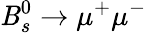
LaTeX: \mathit{B}_{s}^{0}\rightarrow\mu^{+}\mu^{-}